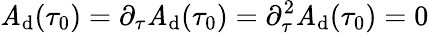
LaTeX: \mathit{A}_{\mathrm{{d}}}(\tau_{0})=\partial_{\tau}\mathit{A}_{\mathrm{{d}}}(\tau_{0})=\partial_{\tau}^{2}\mathit{A}_{\mathrm{{d}}}(\tau_{0})=0